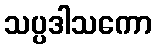
သပ္ပဒါသကော